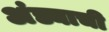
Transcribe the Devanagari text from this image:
अंड्याची